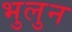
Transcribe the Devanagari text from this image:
भुलुन